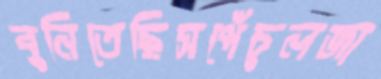
বুনিতেছিসপেঁচুলজা